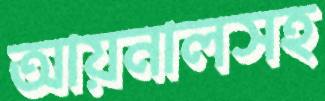
আয়নালসহ